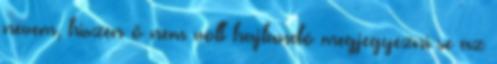
nevem, hiszen ő nem volt hajlandó megjegyezni se az